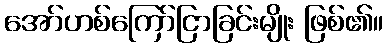
အော်ဟစ်ကြော်ငြာခြင်းမျိုး ဖြစ်၏။